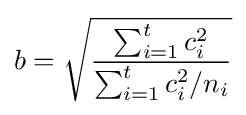
b={\sqrt {\frac {\sum _{i=1}^{t}c_{i}^{2}}{\sum _{i=1}^{t}c_{i}^{2}/n_{i}}}}